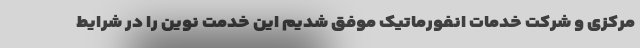
مرکزی و شرکت خدمات انفورماتیک موفق شدیم این خدمت نوین را در شرایط